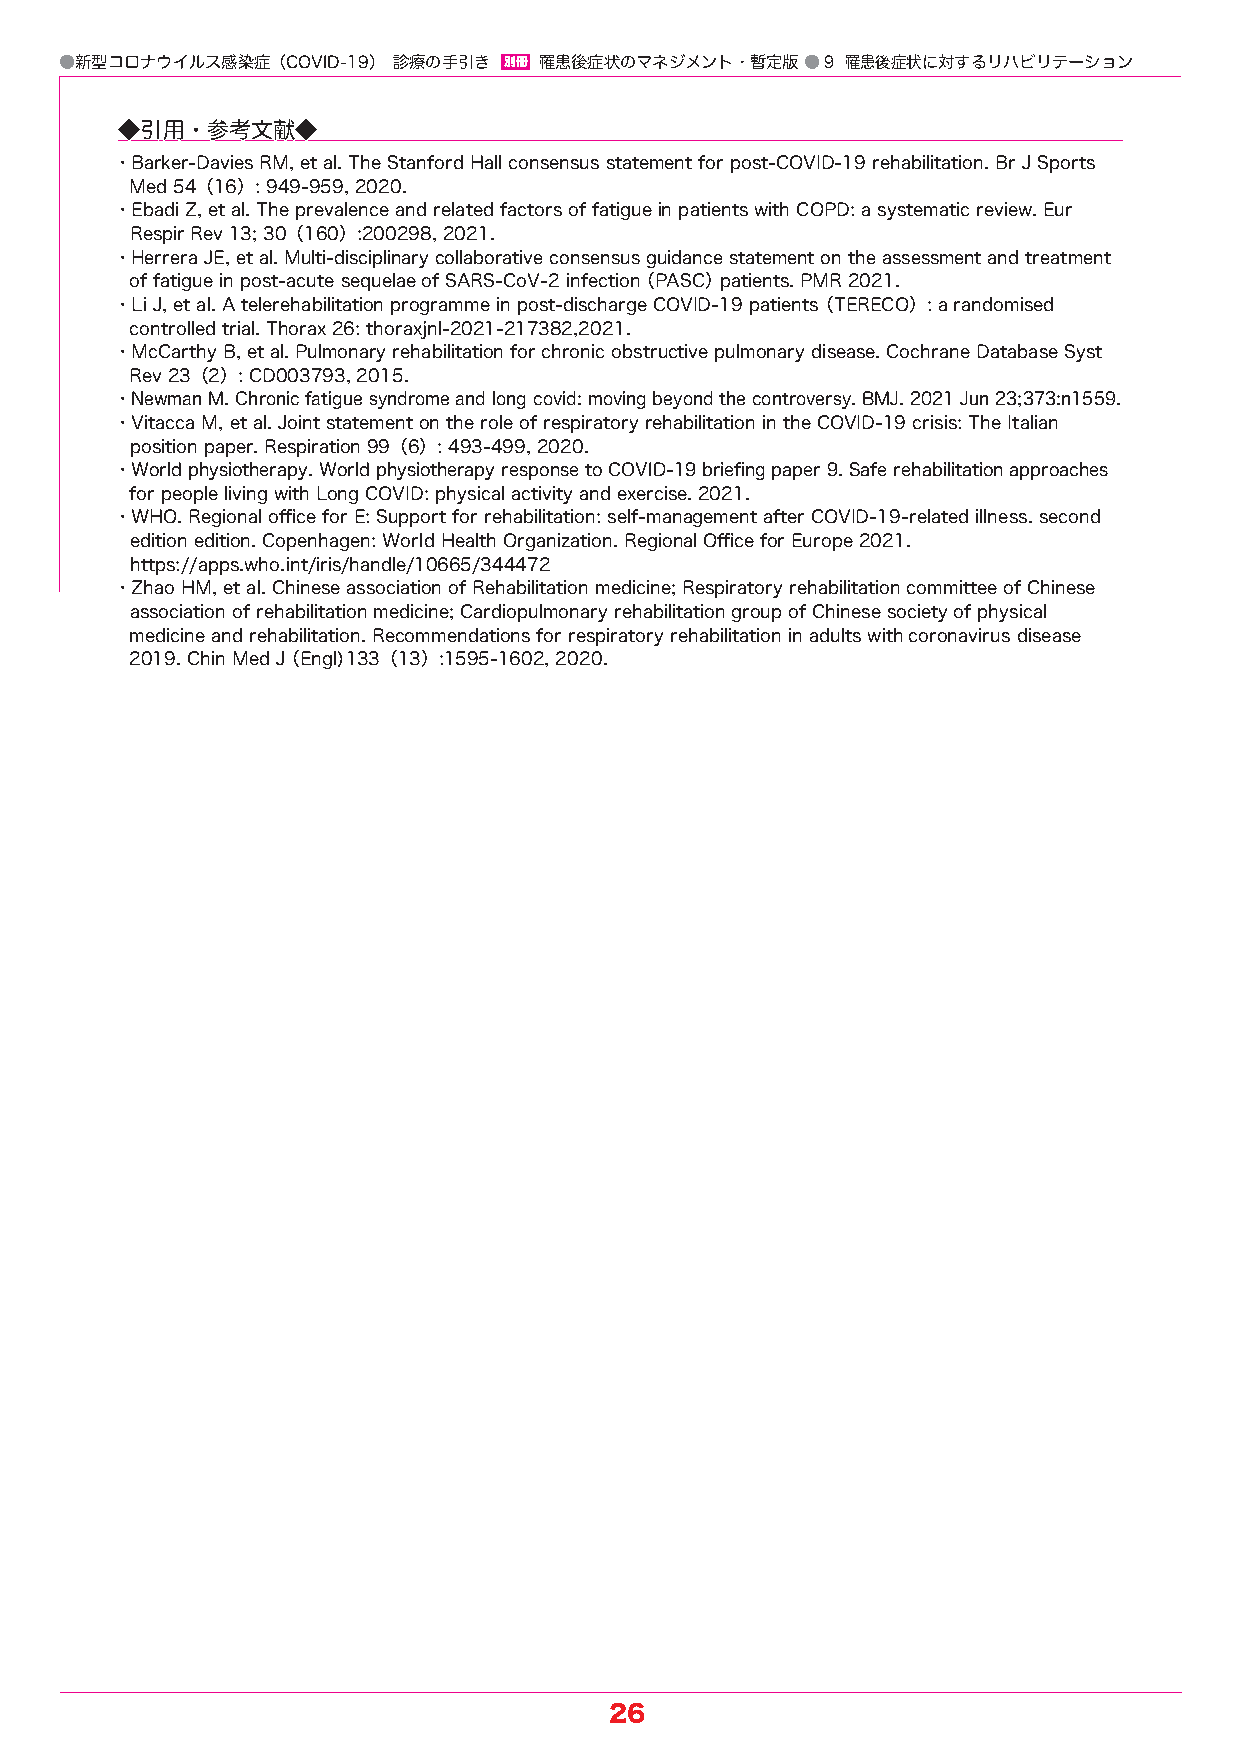
●新型コロナウイルス感染症（COVID-19） 診療の手引き 別 冊 罹 患 後 症 状 の マ ネ ジ メ ン ト ・暫定版 ●9 罹患後症状に対するリハビリテーション
 ◆◆引引用用・・参参考考文文献献◆◆
 ・Barker-Davies RM, et al. The Stanford Hall consensus statement for post-COVID-19 rehabilitation. Br J Sports
 Med 54（16）: 949-959, 2020.
 ・Ebadi Z, et al. The prevalence and related factors of fatigue in patients with COPD: a systematic review. Eur
 Respir Rev 13; 30（160）:200298, 2021.
 ・Herrera JE, et al. Multi-disciplinary collaborative consensus guidance statement on the assessment and treatment
 of fatigue in post-acute sequelae of SARS-CoV-2 infection（ PASC） patients. PMR 2021.
 ・Li J, et al. A telerehabilitation programme in post-discharge COVID-19 patients（ TERECO）: a randomised
 controlled trial. Thorax 26: thoraxjnl-2021-217382,2021.
 ・McCarthy B, et al. Pulmonary rehabilitation for chronic obstructive pulmonary disease. Cochrane Database Syst
 Rev 23（2）: CD003793, 2015.
 ・Newman M. Chronic fatigue syndrome and long covid: moving beyond the controversy. BMJ. 2021 Jun 23;373:n1559.
 ・Vitacca M, et al. Joint statement on the role of respiratory rehabilitation in the COVID-19 crisis: The Italian
 position paper. Respiration 99（6）: 493-499, 2020.
 ・World physiotherapy. World physiotherapy response to COVID-19 briefing paper 9. Safe rehabilitation approaches
 for people living with Long COVID: physical activity and exercise. 2021.
 ・WHO. Regional office for E: Support for rehabilitation: self-management after COVID-19-related illness. second
 edition edition. Copenhagen: World Health Organization. Regional Office for Europe 2021.
 https://apps.who.int/iris/handle/10665/344472
 ・Zhao HM, et al. Chinese association of Rehabilitation medicine; Respiratory rehabilitation committee of Chinese
 association of rehabilitation medicine; Cardiopulmonary rehabilitation group of Chinese society of physical
 medicine and rehabilitation. Recommendations for respiratory rehabilitation in adults with coronavirus disease
 2019. Chin Med J（ Engl)133（13）:1595-1602, 2020.
 26